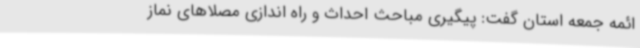
ائمه جمعه استان گفت: پیگیری مباحث احداث و راه اندازی مصلاهای نماز